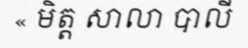
« មិត្ត សាលា បាលី